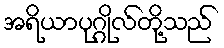
အရိယာပုဂ္ဂိုလ်တို့သည်